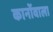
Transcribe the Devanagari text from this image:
कानोंवाला